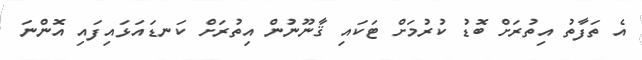
އެ ތަފާތު އިތުރަށް ބޮޑު ކުރުމަށް ޓަކައި ޤާނޫނުން އިތުރަށް ކަނޑައަޅައިފައި އޮންނަ